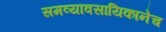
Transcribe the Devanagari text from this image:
समव्यावसायिकानेच